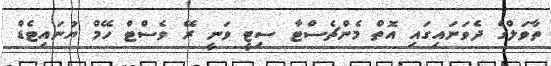
ތާވަލްގެ ދެވަނައިގައި އޮތް މެންޗެސްޓާ ސިޓީ ވަނީ ރޭ ވެސްޓް ހޭމް ޔުނައިޓެޑް